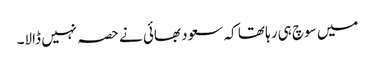
میں سوچ ہی رہا تھا کہ سعود بھائی نے حصہ نہیں ڈالا۔